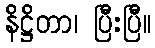
နိဋ္ဌိတာ၊ ပြီးပြီ။